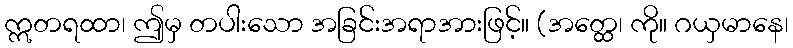
ဣတရထာ၊ ဤမှ တပါးသော အခြင်းအရာအားဖြင့်။ (အတ္ထေ၊ ကို။ ဂယှမာနေ၊